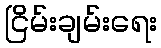
ငြိမ်းချမ်းရေး